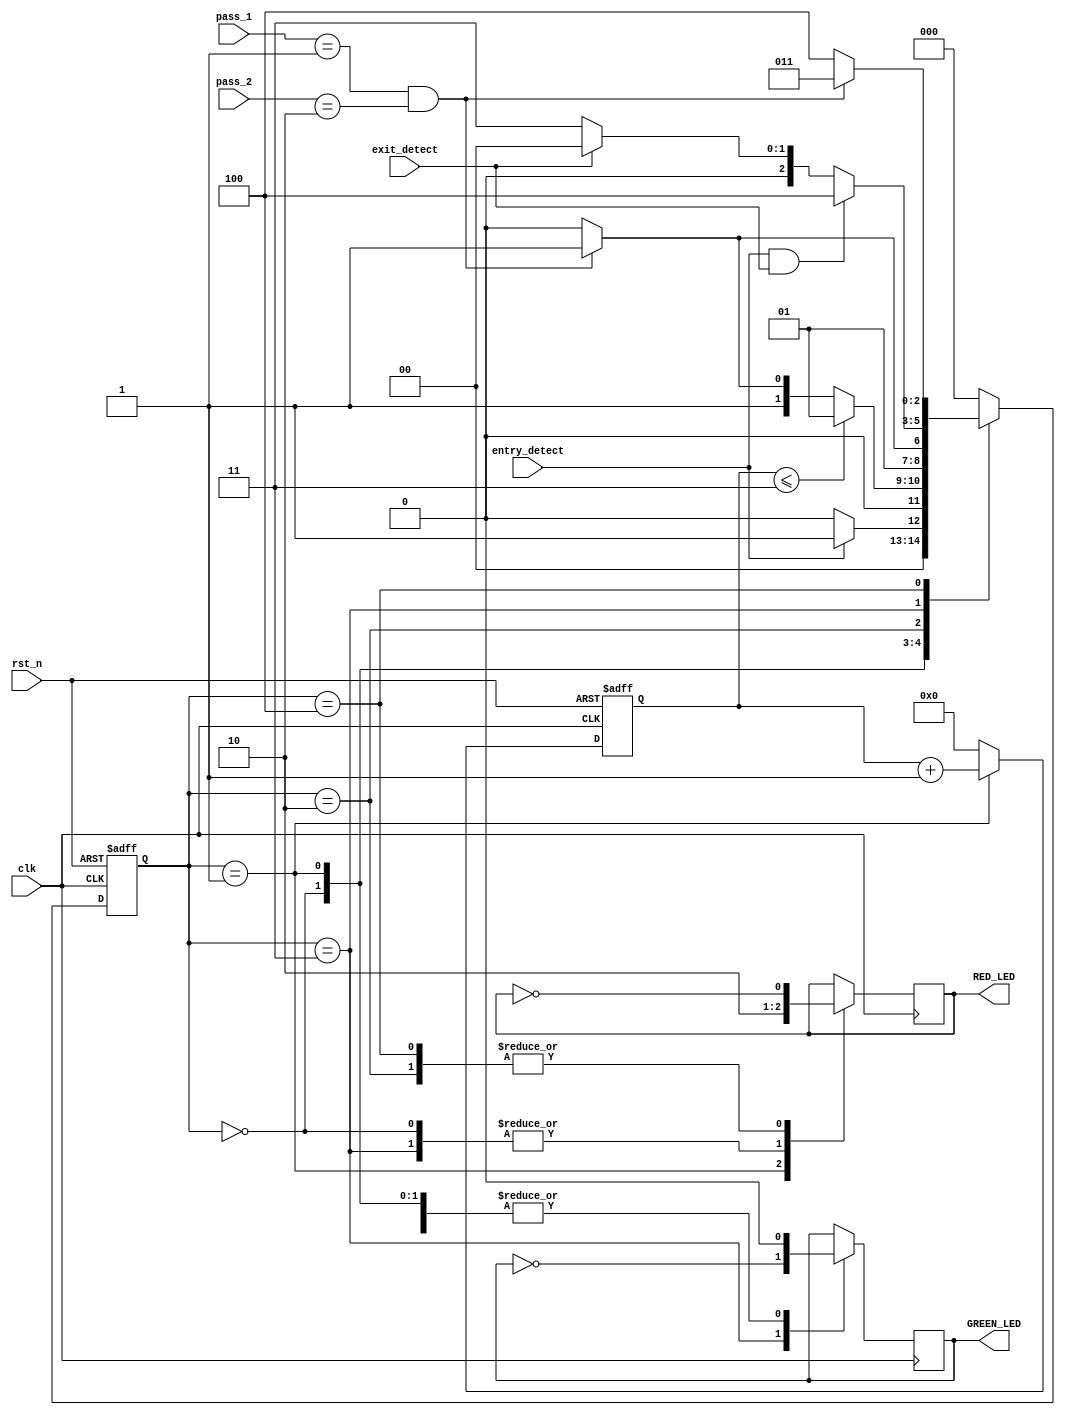
`timescale 1ns / 1ps
module parking_system( 
                input clk,rst_n,
 input entry_detect, exit_detect, 
 input [1:0] pass_1, pass_2,
 output wire GREEN_LED,RED_LED
 
    );
     // Moore FSM : o/p depend on present state
 parameter IDLE = 3'b000, WAIT_PASSWORD = 3'b001, WRONG_PASS = 3'b010, RIGHT_PASS = 3'b011,STOP = 3'b100;

 reg[2:0] present_state, next_state;
 reg[31:0] counter_wait;
 reg red_tmp,green_tmp;
 // Next state or idle
 always @(posedge clk or negedge rst_n)//here reset is active low
 begin
 if(~rst_n) //reset==0
 present_state = IDLE;
 else
 present_state = next_state;
 end
 // counter_wait
 always @(posedge clk or negedge rst_n) 
 begin
 if(~rst_n) 
 counter_wait <= 0;
 else if(present_state==WAIT_PASSWORD)
 counter_wait <= counter_wait + 1;
 else 
 counter_wait <= 0;
 end
 // change state

 always @(*)
 begin
 case(present_state)//connecting the states
 IDLE: begin
         if(entry_detect == 1)
 next_state = WAIT_PASSWORD;
 else
 next_state = IDLE;
 end
 WAIT_PASSWORD: begin
 if(counter_wait <= 3)
 next_state = WAIT_PASSWORD;
 else 
 begin
 if((pass_1==2'b01)&&(pass_2==2'b10))//correct pass 12
 next_state = RIGHT_PASS;
 else
 next_state = WRONG_PASS;
 end
 end
 WRONG_PASS: begin
 if((pass_1==2'b01)&&(pass_2==2'b10))
 next_state = RIGHT_PASS;
 else
 next_state = WRONG_PASS;
 end
 RIGHT_PASS: begin
 if(entry_detect==1 && exit_detect == 1)
 next_state = STOP;
 else if(exit_detect == 1)
 next_state = IDLE;
 else
 next_state = RIGHT_PASS;
 end
 STOP: begin
 if((pass_1==2'b01)&&(pass_2==2'b10))
 next_state = RIGHT_PASS;
 else
 next_state = STOP;
 end
 default: next_state = IDLE;
 endcase
 end
 // LEDs 
 always @(posedge clk) begin 
 case(present_state)
 IDLE: begin
 green_tmp = 1'b0;
 red_tmp = 1'b0;

 end
 WAIT_PASSWORD: begin
 green_tmp = 1'b0;
 red_tmp = 1'b1;

 end
 WRONG_PASS: begin
 green_tmp = 1'b0;
 red_tmp = ~red_tmp;

 end
 RIGHT_PASS: begin
 green_tmp = ~green_tmp;
 red_tmp = 1'b0;

 end
 STOP: begin
 green_tmp = 1'b0;
 red_tmp = ~red_tmp;

 end
 endcase
 end
 assign RED_LED = red_tmp  ;
 assign GREEN_LED = green_tmp;

endmodule